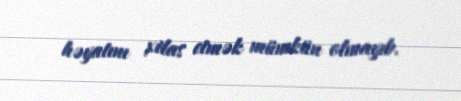
həyatını xilas etmək mümkün olmayıb.